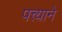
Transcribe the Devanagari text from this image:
पत्त्याने